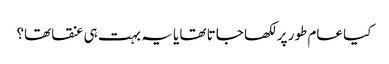
کیا عام طور پر لکھا جاتا تھا یا یہ بہت ہی عنقا تھا؟